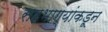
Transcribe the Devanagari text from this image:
सहभाग्यांकडून